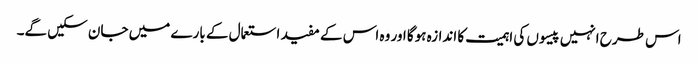
اس طرح انہیں پیسوں کی اہمیت کا اندازہ ہوگا اور وہ اس کے مفید استعمال کے بارے میں جان سکیں گے۔